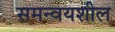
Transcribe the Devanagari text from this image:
समन्वयशील